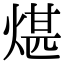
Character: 煁